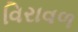
વિરાવળ